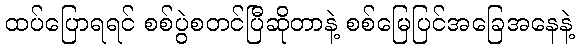
ထပ်ပြောရရင် စစ်ပွဲစတင်ပြီဆိုတာနဲ့ စစ်မြေပြင်အခြေအနေနဲ့